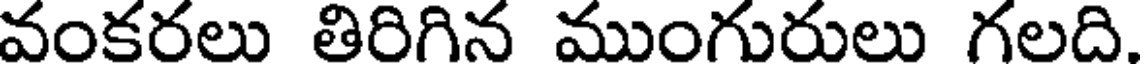
వంకరలు తిరిగిన ముంగురులు గలది.